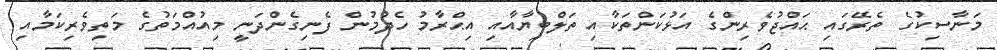
މަނާސިކުގެ ތެރޭގައި ޙައްޖުވެރިންގެ އަޅުކަންތަކާއި ތަލްބިޔާއާއި އިޙްރާމު ހެދުމުން ފެނިގެންދަނީ މިއުއްމަތުގެ މަތިވެރިކަމާއި